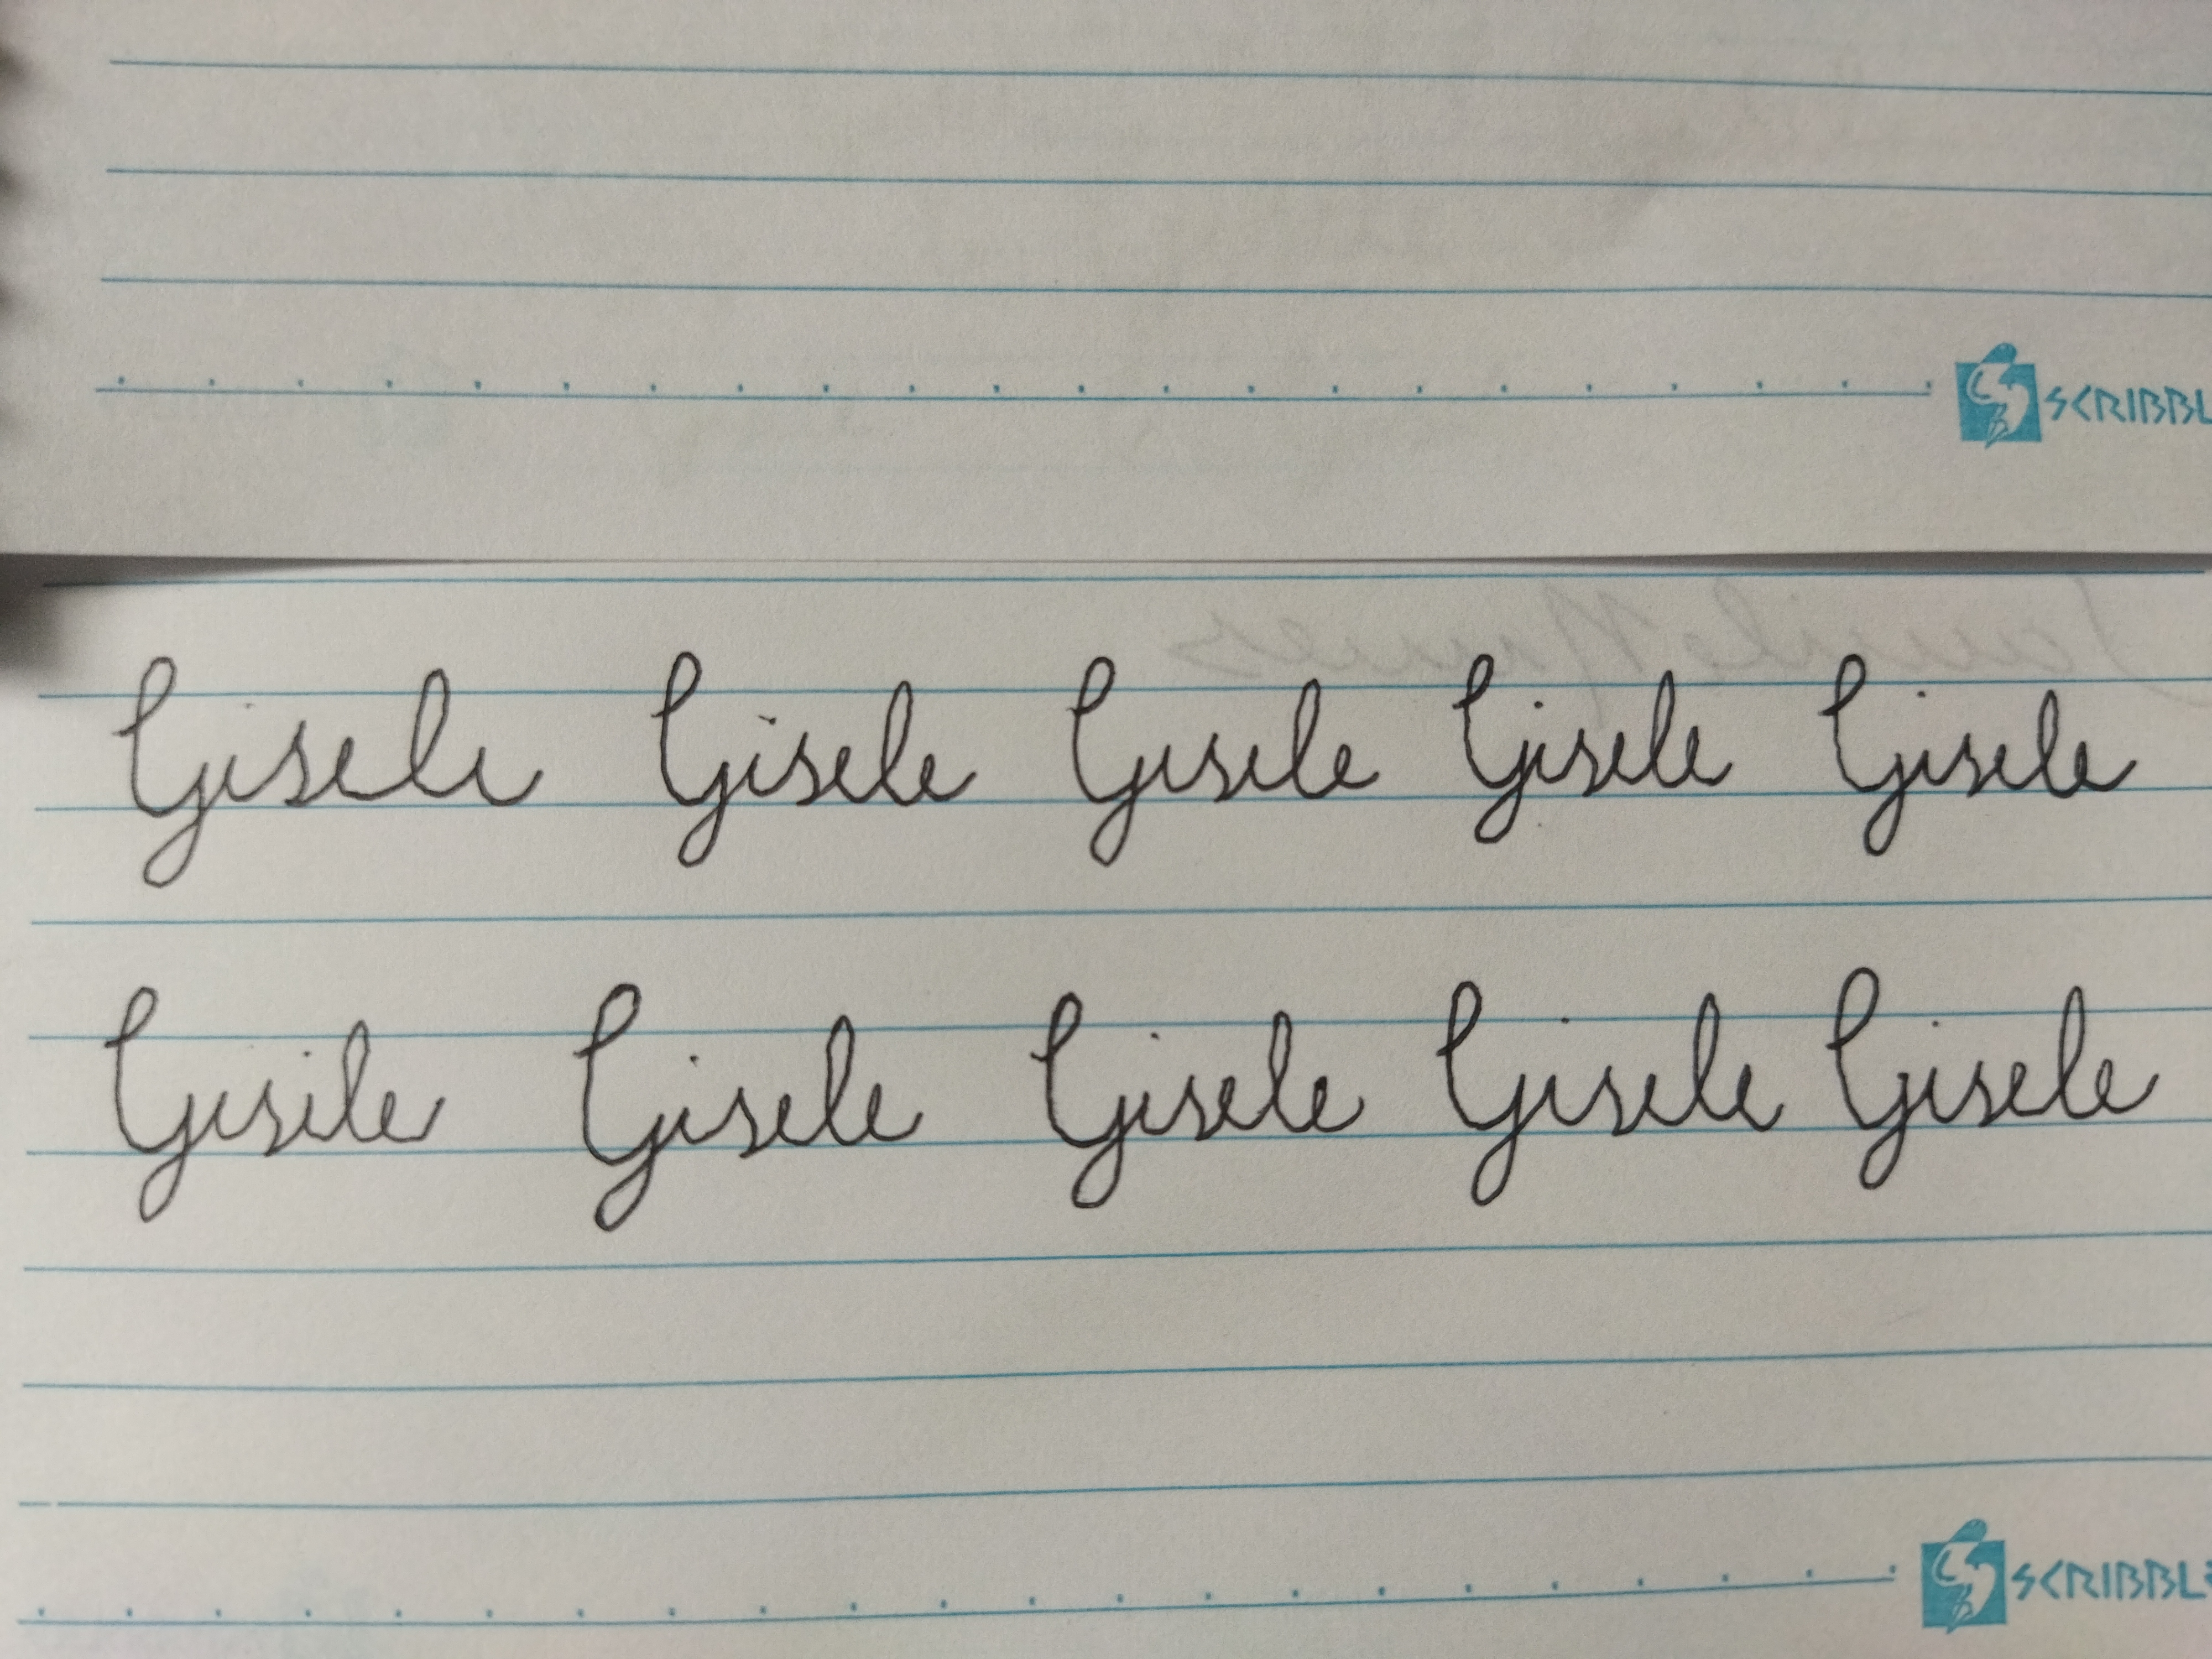
Signature authenticity: forged